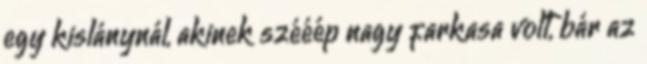
egy kislánynál, akinek szééép nagy farkasa volt, bár az